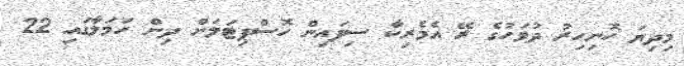
މިދިޔަ ހޮނިހިރު ދުވަހުގެ ރޭ އެމެރިކާ ސިފައިން ހޮސްޕިޓަލަށް ދިން ހަމަލާގައި 22